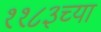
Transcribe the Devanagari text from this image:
११८३च्या